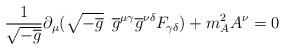
LaTeX: \begin{align*}\frac{1}{\sqrt{-\overline{g}}}\partial_{\mu}(\sqrt{-\overline{g}}\enspace\overline{g}^{\mu\gamma}\overline{g}^{\nu\delta}F_{\gamma\delta})+m_{A}^{2}A^{\nu}=0 \end{align*}